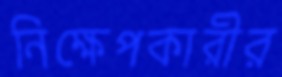
নিক্ষেপকারীর